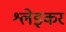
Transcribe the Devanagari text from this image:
श्लेइकर